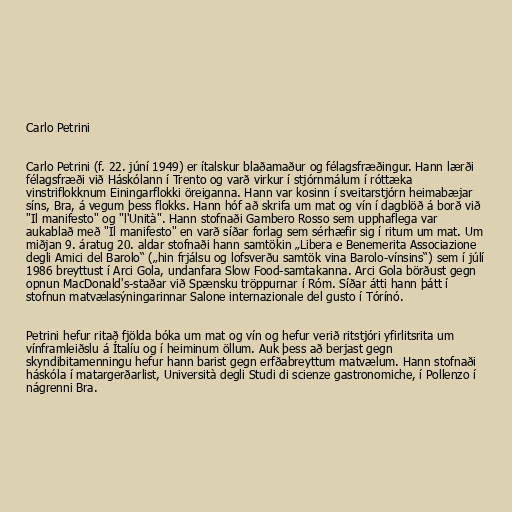
Carlo Petrini

Carlo Petrini (f. 22. júní 1949) er ítalskur blaðamaður og félagsfræðingur. Hann lærði
félagsfræði við Háskólann í Trento og varð virkur í stjórnmálum í róttæka
vinstriflokknum Einingarflokki öreiganna. Hann var kosinn í sveitarstjórn heimabæjar
síns, Bra, á vegum þess flokks. Hann hóf að skrifa um mat og vín í dagblöð á borð við
"Il manifesto" og "l'Unità". Hann stofnaði Gambero Rosso sem upphaflega var
aukablað með "Il manifesto" en varð síðar forlag sem sérhæfir sig í ritum um mat. Um
miðjan 9. áratug 20. aldar stofnaði hann samtökin „Libera e Benemerita Associazione
degli Amici del Barolo“ („hin frjálsu og lofsverðu samtök vina Barolo-vínsins“) sem í júlí
1986 breyttust í Arci Gola, undanfara Slow Food-samtakanna. Arci Gola börðust gegn
opnun MacDonald's-staðar við Spænsku tröppurnar í Róm. Síðar átti hann þátt í
stofnun matvælasýningarinnar Salone internazionale del gusto í Tórínó.

Petrini hefur ritað fjölda bóka um mat og vín og hefur verið ritstjóri yfirlitsrita um
vínframleiðslu á Ítalíu og í heiminum öllum. Auk þess að berjast gegn
skyndibitamenningu hefur hann barist gegn erfðabreyttum matvælum. Hann stofnaði
háskóla í matargerðarlist, Università degli Studi di scienze gastronomiche, í Pollenzo í
nágrenni Bra.